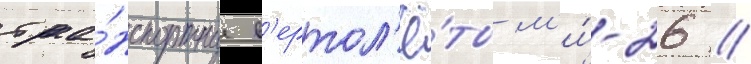
тра́нспортные в'ертол'ё́ты м'и́-26 //